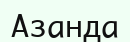
Азанда